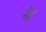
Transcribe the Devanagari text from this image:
नेह्रु